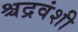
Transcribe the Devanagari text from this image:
श्चद्रवंशी